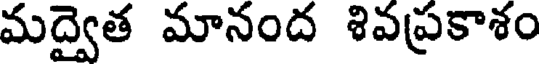
మద్వైత మానంద శివప్రకాశం